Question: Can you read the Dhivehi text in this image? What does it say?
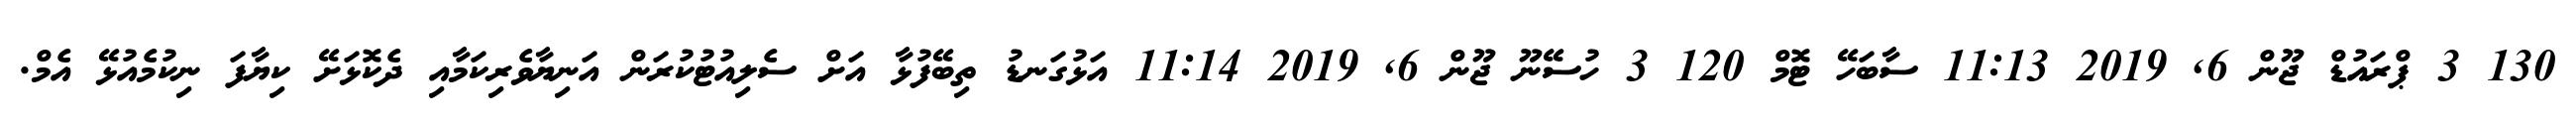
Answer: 130 3 ޕްރައުޑް ޖޫން 6, 2019 11:13 ސާބަހޭ ޓޮމް 120 3 ހުސޭނޫ ޖޫން 6, 2019 11:14 އަޅުގަނޑު ތިބޭފުޅާ އަށް ސެލިއުޓުކުރަން އަނިޔާވެރިކަމާއި ދެކޮޅަށޭ ކިޔާފަ ނިކުމެއުޅޭ އެމް.